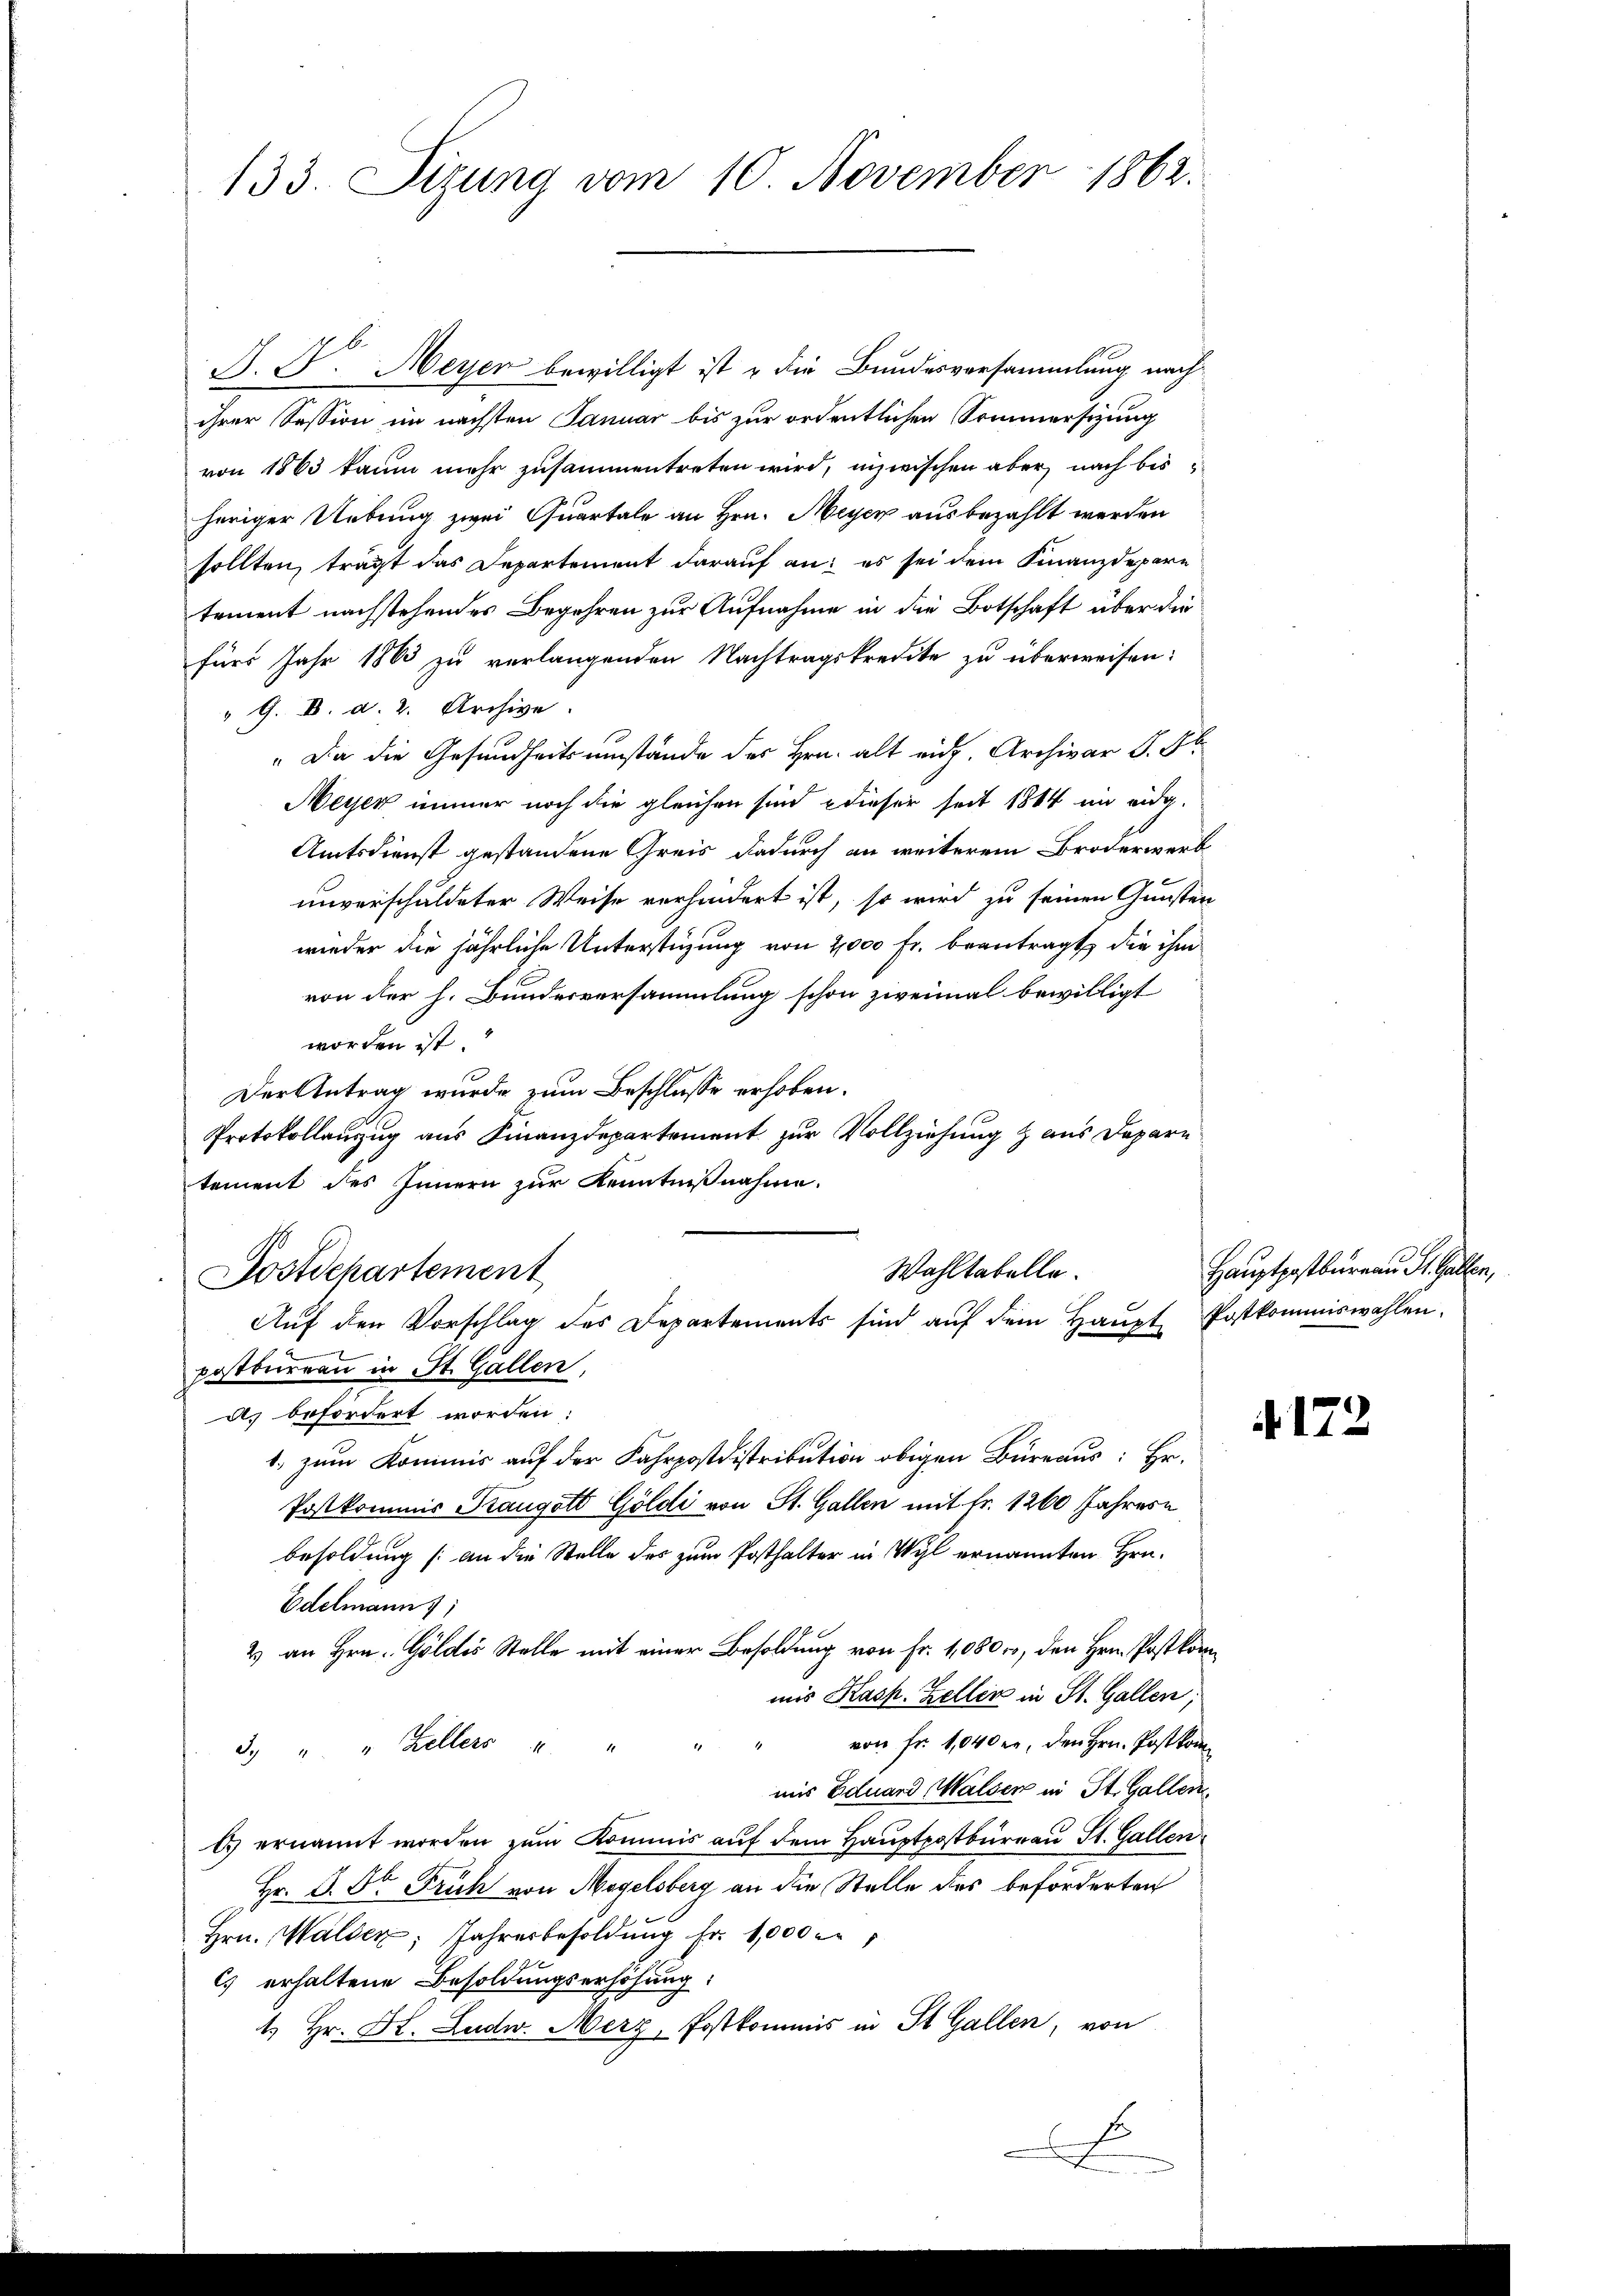
133. Sizung vom 10. November 1862.

J. F. Meyer bewilligt ist & die Bundesversammlung nachihrer Session im nächsten Januar bis zur ordentlichen Sommersizung
von 1863 kaum mehr zusammentreten wird, inzwischen aber nach bisheriger Uebung zwei Quartale an Hrn. Meyer ausbezahlt werden
sollten, trägt das Departement darauf an: es sei dem Finanzdepare
tement nachstehendes Begehren zur Aufnahme in die Botschaft über die
fürs Jahr 1863 zu verlangenden Nachtragskredite zu überweisen:
" G. B. d. 2. Archive
" Da die Gesundheitsumstände des Hrn. alt eidg. Archivar J. F.
Meyer immer noch die gleichen sind dieser seit 1884 im eidg.
Amtsdienst gestandene Greis dadurch an weiterem Broderwerb
unverschuldeter Weise verhindert ist, so wird zu seinen Gunsten
wieder die jährliche Unterstüzung von 2,000 Fr. beantragt, die ihm
von der h. Bundesversammlung schon zweimal bewilligt
worden ist
Der Antrag wurde zum Beschlusse erhoben.
Protokollauzug aus Finanzdepartement zur Vollziehung & aus Depari
tement des Innern zur Kenntnißnahme.
Wahltabelle.
Dostdchartement
Aŭf den Vorschlag des Departements sind aŭf dem Haŭpt Postkommiswahlen.
postbureau in St. Gallen,
a) befordert worden:
1. zum Kommis auf der Fahrpostdistribution obigen Büreaus: Hr.
Postkommis Traugott Göldi von St. Gallen mit Fr. 1260 Jahresn
besoldung (an die Stelle des zum Posthalter in Wyl ernannten Hrn.
Edelmann ;
2) an Hrn. Goldes Stelle mit einer Besoldung von Fr. 1080 r, den Hrn. Postkommis Kasp. Zeller in St. Gallen;
d. " " Zellers " " " " von fr. 1040 er, den Hrn. Postkom
mir Eduard Walser in St. Gallen.
) ernannt worden zum Kommis auf dem Hauptpostbüreau St. Gallen
Hr. D. Dr. Früh von Mogelsberg an die Stelle des beforderten
Hrn. Walden Jahresbesoldŭng fr. 1,000
C) erhaltene Besoldungserhöhung:
1. Hr. H. Ludw. Merz, Postkommis in St. Gallen, von
F
e

Hauptpostbureau St. Gallen,

A.172